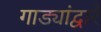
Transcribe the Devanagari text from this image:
गाड्यांद्वारे